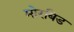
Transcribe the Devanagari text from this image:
मोरबिड